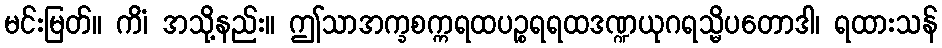
မင်းမြတ်။ ကိံ၊ အသို့နည်း။ ဤသာအက္ခစက္ကရထပဉ္စရရထဒဏ္ဍယုဂရသ္မိပတောဒါ၊ ရထားသန်